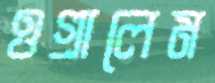
ওগ্‌রালেম